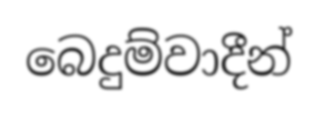
බෙදුම්වාදීන්